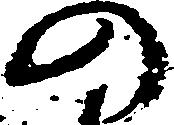
の